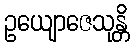
ဥယျောဇေသုန္တိ